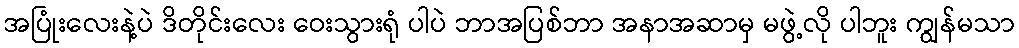
အပြုံးလေးနဲ့ပဲ ဒိတိုင်းလေး ဝေးသွားရုံ ပါပဲ ဘာအပြစ်ဘာ အနာအဆာမှ မဖွဲ့လို ပါဘူး ကျွန်မသာ